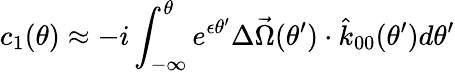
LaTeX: c_{1}(\theta)\approx-i\int_{-\infty}^{\theta}e^{\epsilon\theta^{\prime}}\Delta\vec{\Omega}(\theta^{\prime})\cdot\hat{k}_{00}(\theta^{\prime})d\theta^{\prime}